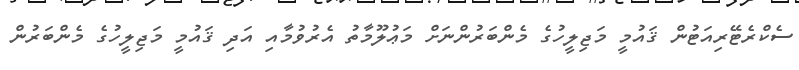
ސެކްރެޓޭރިއަޓުން ޤައުމީ މަޖިލީހުގެ މެންބަރުންނަށް މަޢުލޫމާތު އެރުވުމާއި އަދި ޤައުމީ މަޖިލީހުގެ މެންބަރުން